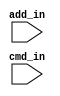
////////////////////////////////////////////////////////////////////////////////
// ECE 485/585: Microprocessor System Design
// Portland State University - Fall 2012 
// Final Project: 
// 
// Authors: 
// Description:
//
//
//
////////////////////////////////////////////////////////////////////////////////
module L_NEXT(
	// INPUTS
	input [25:0]  add_in,		// address in from L1
	input [1:0]   cmd_in		   // command from L1 
   );
	
  parameter READ_OUT    = 2'b01;
  parameter WRITE_OUT   = 2'b10;
  parameter RW_OUT      = 2'b10;  // Read with intent to write
  parameter NOP         = 2'b00;

endmodule